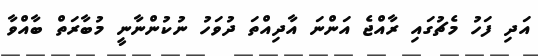
އަދި ފަހު މެޗުގައި ރާއްޖެ އަންނަ އާދިއްތަ ދުވަހު ނުކުންނާނީ މުބާރަތް ބާއްވާ